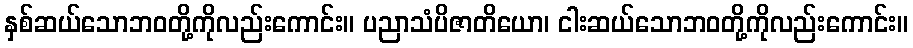
နှစ်ဆယ်သောဘဝတို့ကိုလည်းကောင်း။ ပညာသံပိဇာတိယော၊ ငါးဆယ်သောဘဝတို့ကိုလည်းကောင်း။